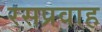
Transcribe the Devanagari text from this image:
रसप्रवाह